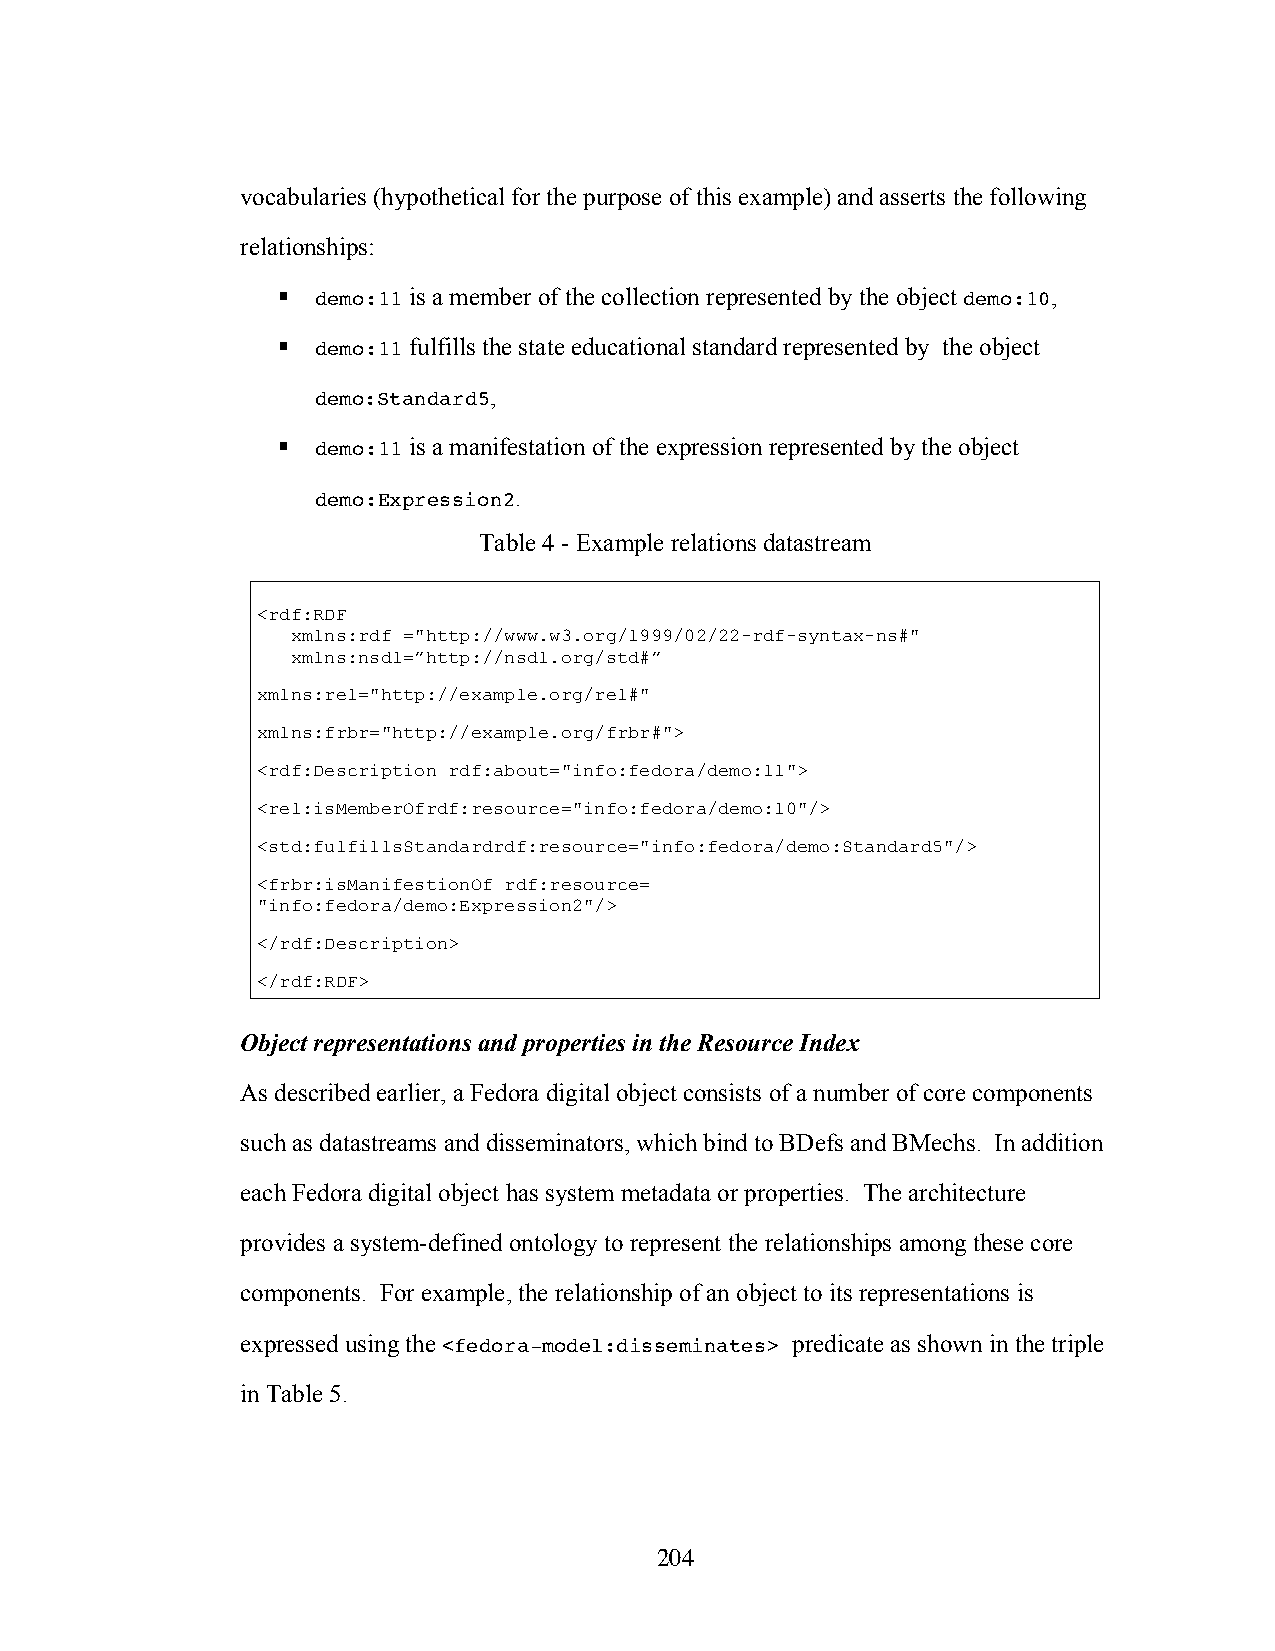
vocabularies (hypothetical for the purpose of this example) and asserts the following
 relationships:
   demo:11 is a member of the collection represented by the object demo:10,
   demo:11 fulfills the state educational standard represented by the object
 demo:Standard5,
   demo:11 is a manifestation of the expression represented by the object
 demo:Expression2.
 Table 4 - Example relations datastream
 <rdf:RDF
 xmlns:rdf ="http://www.w3.org/1999/02/22-rdf-syntax-ns#"
 xmlns:nsdl=”http://nsdl.org/std#”
 xmlns:rel="http://example.org/rel#"
 xmlns:frbr="http://example.org/frbr#">
 <rdf:Description rdf:about="info:fedora/demo:11">
 <rel:isMemberOfrdf:resource="info:fedora/demo:10"/>
 <std:fulfillsStandardrdf:resource="info:fedora/demo:Standard5"/>
 <frbr:isManifestionOf rdf:resource=
 "info:fedora/demo:Expression2"/>
 </rdf:Description>
 </rdf:RDF>
 Object representations and properties in the Resource Index
 As described earlier, a Fedora digital object consists of a number of core components
 such as datastreams and disseminators, which bind to BDefs and BMechs. In addition
 each Fedora digital object has system metadata or properties. The architecture
 provides a system-defined ontology to represent the relationships among these core
 components. For example, the relationship of an object to its representations is
 expressed using the <fedora-model:disseminates> predicate as shown in the triple
 in Table 5.
 204